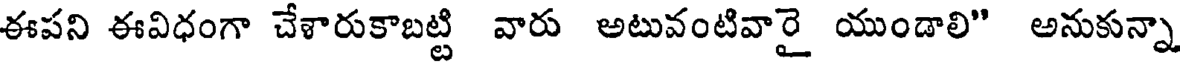
ఈపని ఈవిధంగా చేళారుకాబట్టి వారు అటువంటివారై యుండాలి" అనుకున్నా